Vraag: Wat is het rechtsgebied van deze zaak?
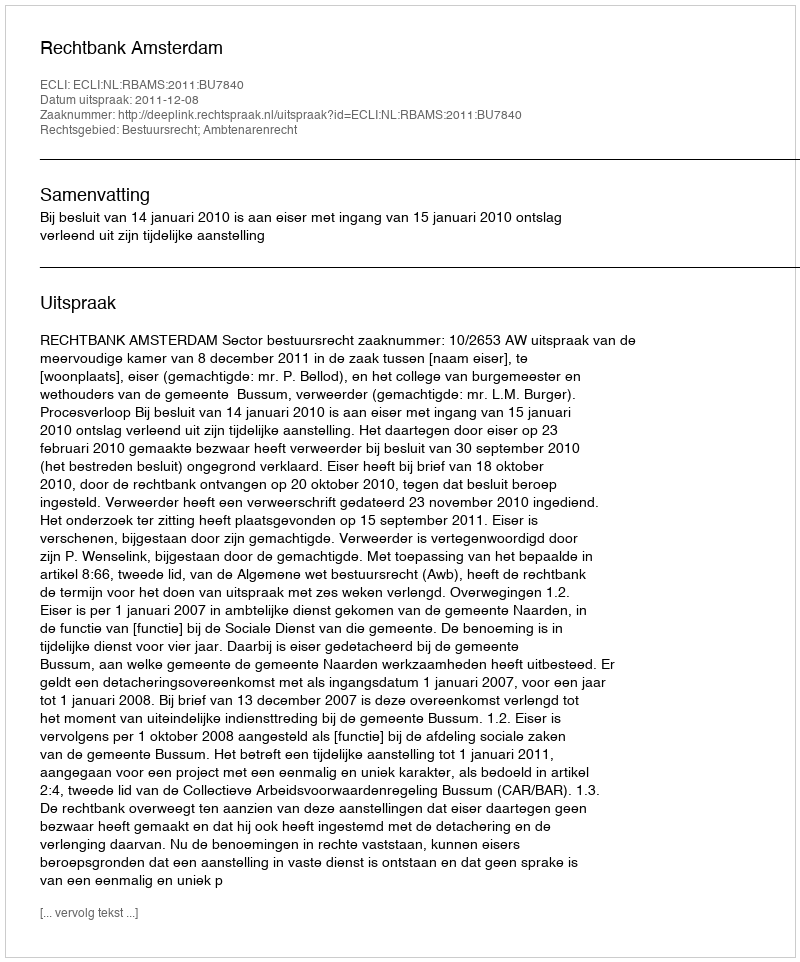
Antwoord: Bestuursrecht; Ambtenarenrecht